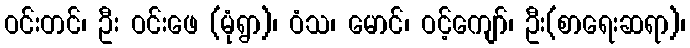
ဝင်းတင်၊ ဦး ဝင်းဖေ (မုံရွာ)၊ ဝံသ၊ မောင်၊ ဝင့်ကျော်၊ ဦး(စာရေးဆရာ)၊